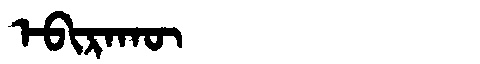
Manchu: ᡝᠪᡳᡵᠠᡴᡡ
Romanization: EBIRAKŪ